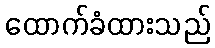
ထောက်ခံထားသည်